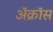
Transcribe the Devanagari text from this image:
ॲक्रॉस